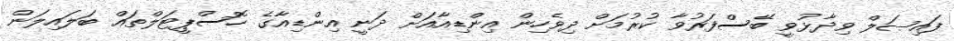
ފައިޞަލް ވިދާޅުވީ ބޭސްފަރުވާ ކުރުމަށް ދިވެހިން އިންޑިއާއަށް ދަނީ އިންޑިއާގެ ހޮސްޕީޓަލްތައް ބަލައިލަން